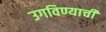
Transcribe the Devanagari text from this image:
उगविण्याची